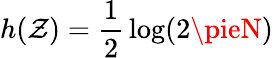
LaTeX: h(\mathcal{Z})={\frac{{1}}{{2}}}\log(2\pieN)\,